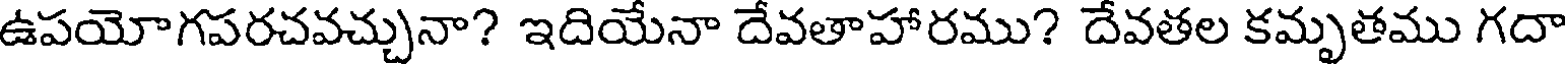
ఉపయోగపరచవచ్చునా? ఇదియేనా దేవతాహారము? దేవతల కమృతము గదా